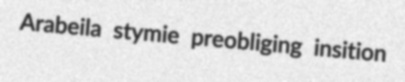
Arabeila stymie preobliging insition